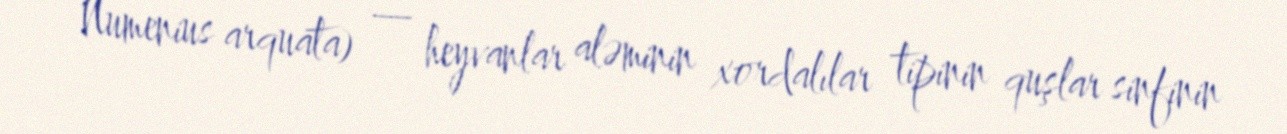
Numenius arquata) — heyvanlar aləminin xordalılar tipinin quşlar sinfinin